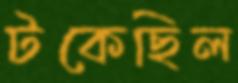
টকেছিল